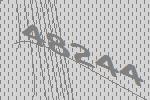
48244